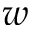
\* w